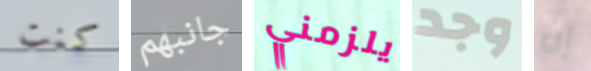
كنت جانبهم يلزمني وجد إن